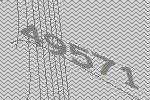
49571